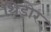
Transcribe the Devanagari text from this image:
थिडोर